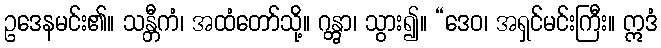
ဥဒေနမင်း၏။ သန္တီကံ၊ အထံတော်သို့။ ဂန္တွာ၊ သွား၍။ “ဒေဝ၊ အရှင်မင်းကြီး။ ဣဒံ